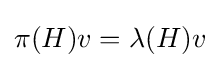
\pi (H)v=\lambda (H)v